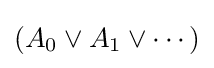
(A_{0}\lor A_{1}\lor \cdots )